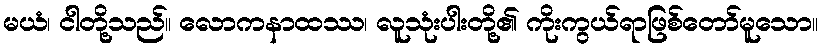
မယံ၊ ငါတို့သည်။ လောကနာထဿ၊ လူသုံးပါးတို့၏ ကိုးကွယ်ရာဖြစ်တော်မူသော။